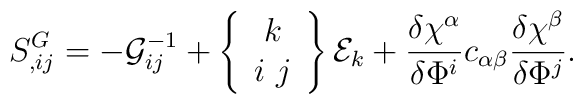
S^{G}_{,ij}=-{\cal G}^{-1}_{ij}+\left\{ \begin{array}{c} k \\ i\ j \end{array}\right\}{\cal E}_{k}+\frac{\delta\chi^{\alpha}}{\delta\Phi^{i}}c_{\alpha\beta}\frac{\delta\chi^{\beta}}{\delta\Phi^{j}}.